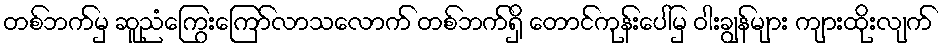
တစ်ဘက်မှ ဆူညံကြွေးကြော်လာသလောက် တစ်ဘက်ရှိ တောင်ကုန်းပေါ်မှ ဝါးချွန်များ ကျားထိုးလျက်